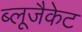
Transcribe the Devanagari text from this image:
ब्लूजैकेट